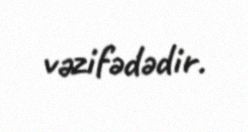
vəzifədədir.